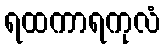
ရထကာရကုလံ